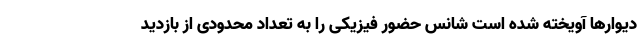
دیوارها آویخته شده است شانس حضورِ فیزیکی را به تعدادِ محدودی از بازدید